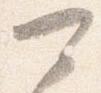
可